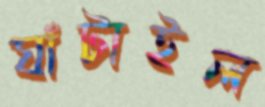
ঘাঁটাইল